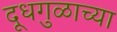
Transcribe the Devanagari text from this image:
दूधगुळाच्या